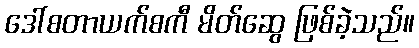
ဒေါ်စတာယက်စကီ မိတ်ဆွေ ဖြစ်ခဲ့သည်။